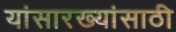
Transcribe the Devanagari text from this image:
यांसारख्यांसाठी